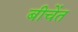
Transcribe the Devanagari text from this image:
बीचेंत